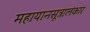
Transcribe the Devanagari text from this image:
महायानसूत्रालंकार